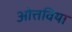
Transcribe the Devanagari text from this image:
ओत्तविया